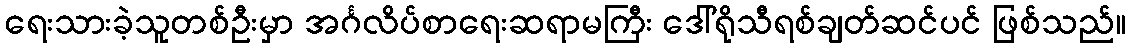
ရေးသားခဲ့သူတစ်ဦးမှာ အင်္ဂလိပ်စာရေးဆရာမကြီး ဒေါ်ရိုသီရစ်ချတ်ဆင်ပင် ဖြစ်သည်။